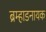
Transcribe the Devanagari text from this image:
ब्रम्हाडनायक